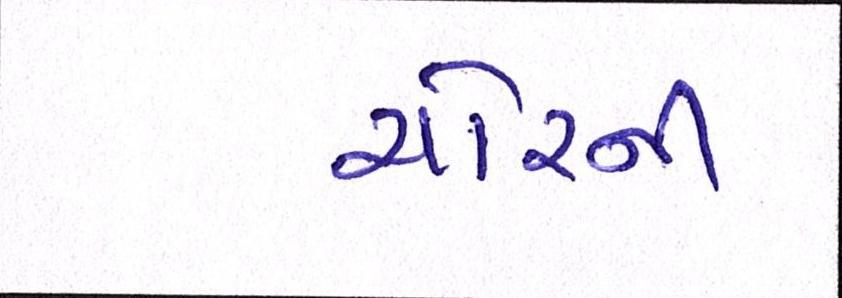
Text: ચોરની